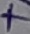
Text: +